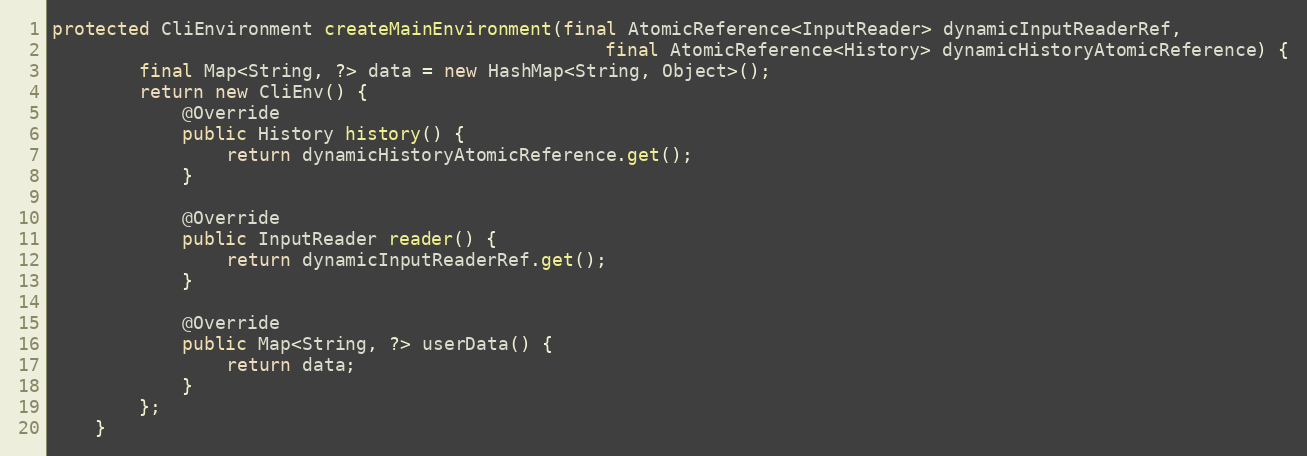
Language: Java
protected CliEnvironment createMainEnvironment(final AtomicReference<InputReader> dynamicInputReaderRef,
                                                   final AtomicReference<History> dynamicHistoryAtomicReference) {
        final Map<String, ?> data = new HashMap<String, Object>();
        return new CliEnv() {
            @Override
            public History history() {
                return dynamicHistoryAtomicReference.get();
            }

            @Override
            public InputReader reader() {
                return dynamicInputReaderRef.get();
            }

            @Override
            public Map<String, ?> userData() {
                return data;
            }
        };
    }